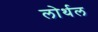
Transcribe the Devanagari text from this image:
लोर्थल